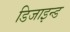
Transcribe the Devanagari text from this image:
डिजाइन्ड